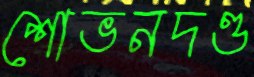
শোভনদণ্ড